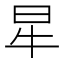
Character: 𤘵